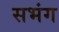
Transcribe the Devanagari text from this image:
सभंग